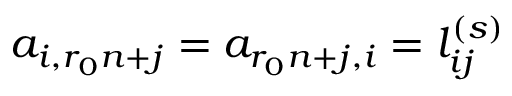
a _ { i , r _ { 0 } n + j } = a _ { r _ { 0 } n + j , i } = l _ { i j } ^ { ( s ) }